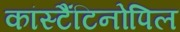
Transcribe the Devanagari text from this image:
कांस्टैंटिनोपिल